Scottish Certificate of Education, 1962
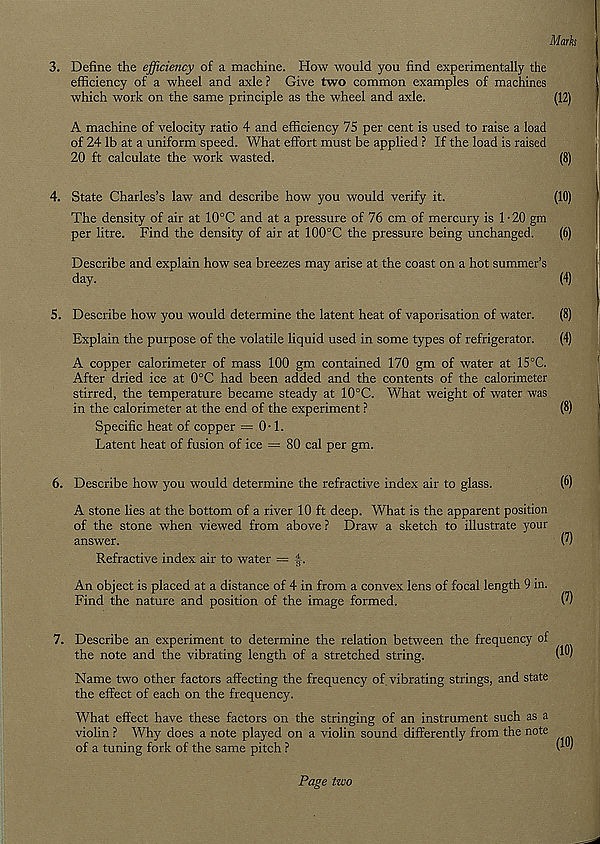
Marks
3. Define the efficiency of a machine. How would you find experimentally the
efficiency of a wheel and axle ? Give two common examples of machines
which work on the same principle as the wheel and axle.
(12)
A machine of velocity ratio 4 and efficiency 75 per cent is used to raise a load
of 24 lb at a uniform speed. What effort must be applied ? If the load is raised
20 ft calculate the work wasted.
(8)
4. State Charles’s law and describe how you would verify it.
(10)
The density of air at 10°C and at a pressure of 76 cm of mercury is 1-20 gm
per litre. Find the density of air at 100°C the pressure being unchanged.
(6)
Describe and explain how sea breezes may arise at the coast on a hot summer’s
day.
(4)
5. Describe how you would determine the latent heat of vaporisation of water.
(8)
Explain the purpose of the volatile liquid used in some types of refrigerator.
(4)
A copper calorimeter of mass 100 gm contained 170 gm of water at 15°C.
After dried ice at 0°C had been added and the contents of the calorimeter
stirred, the temperature became steady at 10°C. What weight of water was
in the calorimeter at the end of the experiment ?
(8)
Specific heat of copper = 0-1.
Latent heat of fusion of ice = 80 cal per gm.
6. Describe how you would determine the refractive index air to glass.
(6)
A stone lies at the bottom of a river 10 ft deep. What is the apparent position
of the stone when viewed from above ? Draw a sketch to illustrate your
answer.
(?)
Refractive index air to water =
An object is placed at a distance of 4 in from a convex lens of focal length 9 in.
Find the nature and position of the image formed.
CO
7. Describe an experiment to determine the relation between the frequency of
the note and the vibrating length of a stretched string.
Name two other factors affecting the frequency of vibrating strings, and state
the effect of each on the frequency.
What effect have these factors on the stringing of an instrument such as a
violin ? Why does a note played on a violin sound differently from the note
of a tuning fork of the same pitch ?
Page two